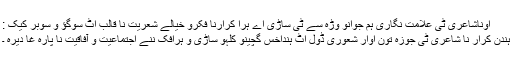
اوناشاعری ٹی علامت نگاری ہم جوانو وڑہ سے ٹی ساڑی اے ہرا کرارنا فکرو خیالے شعریت نا قالب اٹ سوگؤ و سوبر کیک :
ہندن کرار نا شاعری ٹی جوزہ تون اوار شعوری ڈول اٹ ہنداخس گچینو کلہو ساڑی و ہرافک ننے اجتماعیت و آفاقیت نا پارہ غا دیرہ ۔